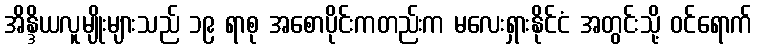
အိန္ဒိယလူမျိုးများသည် ၁၉ ရာစု အစောပိုင်းကတည်းက မလေးရှားနိုင်ငံ အတွင်းသို့ ဝင်ရောက်